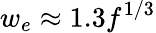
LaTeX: w_{e}\approx 1.3f^{1/3}